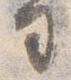
司